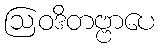
ဩဝဒိတဗ္ဗာပေ